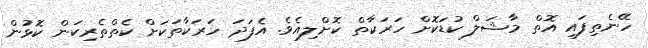
ހޭނެތިފައި އޮތް މާޝަލް ކުޑަކޮށް ހަރަކާތް ކޮށްލިއެވެ. އެފަދަ ހަރަކާތަކަށް ކެތްތެރިކަން ކޮޅުން